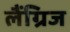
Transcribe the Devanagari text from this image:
लैंग्रिज